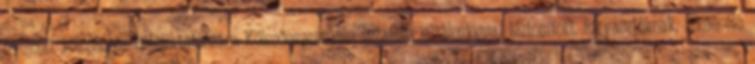
nyújtott kölcsönhöz Hiteliktatószám: Kölcsönszerződés ingatlan jelzálogjoggal biztosított, fogyasztóknak, lakáscélú